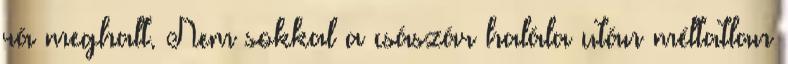
rá meghalt. Nem sokkal a császár halála után méltatlan